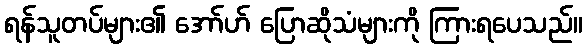
ရန်သူတပ်များ၏ အော်ဟ် ပြောဆိုသံများကို ကြားရပေသည်။